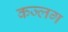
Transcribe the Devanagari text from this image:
कज्लग